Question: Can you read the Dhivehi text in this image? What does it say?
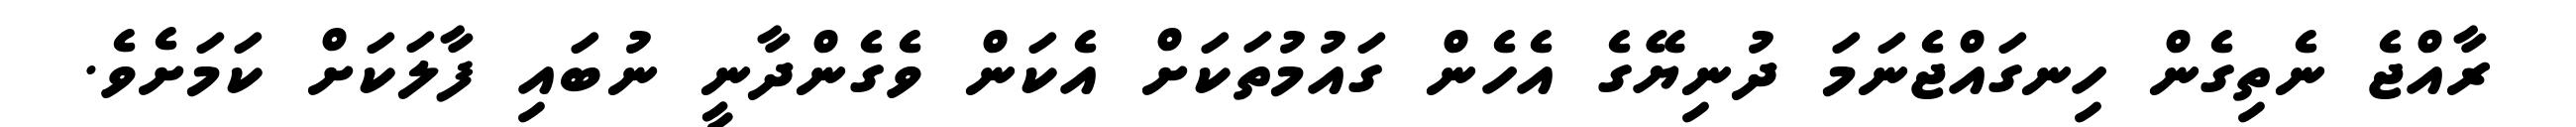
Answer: ރާއްޖެ ނެތިގެން ހިނގައްޖެނަމަ ދުނިޔޭގެ އެހެން ގައުމުތަކަށް އެކަން ވެގެންދާނީ ނުބައި ފާލަކަށް ކަމަށެވެ.